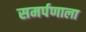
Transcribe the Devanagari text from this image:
समर्पणाला